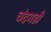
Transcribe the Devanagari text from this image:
चंंदगडी